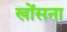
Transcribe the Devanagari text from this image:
खोंसना